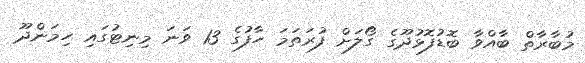
މުބާރާތް ބާއްވާ ބޮޑުފޮޅުދޫގެ ގޯލަށް ފުރަތަމަ ހާފުގެ 13 ވަނަ މިނިޓުގައި ހިމަންދޫ